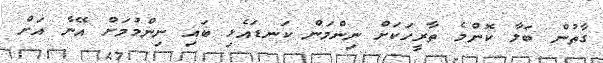
ގާތުން ބަލާ ކޮންމެ ތާރީހަކަށް ނިންމަން ކަނޑައެޅި ބައި ނިންމުމަށް އޭނާ އަށް